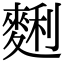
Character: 𪌱